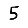
Digit: 5